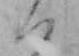
ハ